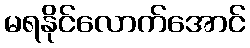
မရနိုင်လောက်အောင်